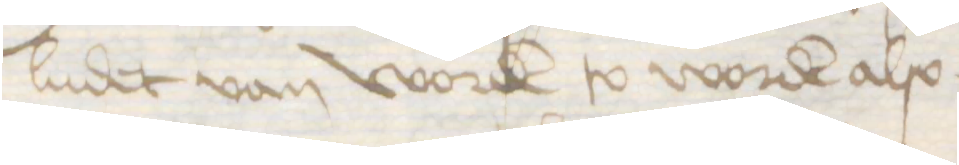
ludet van worden to worden also